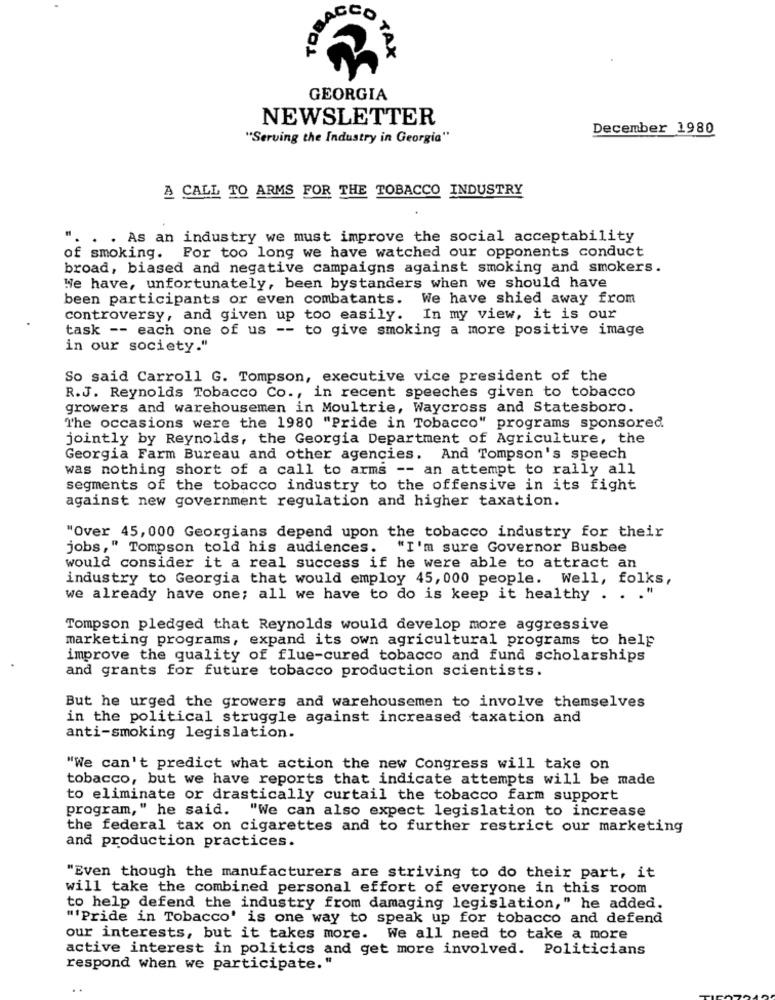
ACCO
TAX
GEORGIA
NEWSLETTER
December 1980
"Serving the Industry in Georgia"
A CALL TO ARMS FOR THE TOBACCO INDUSTRY
. . As an industry we must improve the social acceptability
of smoking. For too long we have watched our opponents conduct
broad, biased and negative campaigns against smoking and smokers.
We have, unfortunately, been bystanders when we should have
been participants or even combatants.
We have shied away from
controversy, and given up too easily.
In my view, it is our
task -- each one of us -- to give smoking a more positive image
in our society."
So said Carroll G. Tompson, executive vice president of the
R.J. Reynolds Tobacco Co ., in recent speeches given to tobacco
growers and warehousemen in Moultrie, Waycross and Statesboro.
The occasions were the 1980 "Pride in Tobacco" programs sponsored
jointly by Reynolds, the Georgia Department of Agriculture, the
Georgia Farm Bureau and other agencies. And Tompson's speech
was nothing short of a call to arms -- an attempt to rally all
segments of the tobacco industry to the offensive in its fight
against new government regulation and higher taxation.
"Over 45, 000 Georgians depend upon the tobacco industry for their
jobs," Tompson told his audiences. "I'm sure Governor Busbee
would consider it a real success if he were able to attract an
industry to Georgia that would employ 45, 000 people. Well, folks,
we already have one; all we have to do is keep it healthy . . . "
Tompson pledged that Reynolds would develop more aggressive
marketing programs, expand its own agricultural programs to help
improve the quality of flue-cured tobacco and fund scholarships
and grants for future tobacco production scientists.
But he urged the growers and warehousemen to involve themselves
in the political struggle against increased taxation and
anti-smoking legislation.
"We can't predict what action the new Congress will take on
tobacco, but we have reports that indicate attempts will be made
to eliminate or drastically curtail the tobacco farm support
program," he said. "We can also expect legislation to increase
the federal tax on cigarettes and to further restrict our marketing
and production practices.
"Even though the manufacturers are striving to do their part, it
will take the combined personal effort of everyone in this room
to help defend the industry from damaging legislation," he added.
"'Pride in Tobacco' is one way to speak up for tobacco and defend
our interests, but it takes more. We all need to take a more
active interest in politics and get more involved. Politicians
respond when we participate."